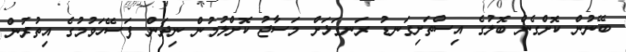
ބޭނުން ކޮށްގެން ބޮލުގެ އިސްތަށިގަނޑު ރަނގަޅަށް މަސާޖު ކޮށްލުމުން ނިދަން ފަސޭހަވުމުގެ އިތުރުން